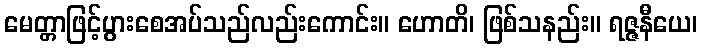
မေတ္တာဖြင့်ပွားစေအပ်သည်လည်းကောင်း။ ဟောတိ၊ ဖြစ်သနည်း။ ရဇ္ဇနီယေ၊